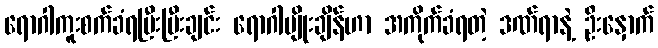
ရောဂါကူးစက်ခံရပြီးပြီးချင်း ရောဂါပျိုးချိန်ဟာ အကိုက်ခံရတဲ့ ဒဏ်ရာနဲ့ ဦးနှောက်